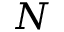
N